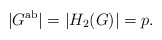
\begin{align*}|G^{\rm ab}| = |H_2(G )| = p.\end{align*}